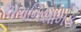
અગનિશામક